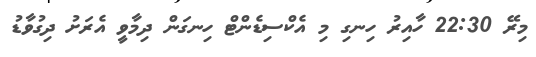
މިރޭ 22:30 ހާއިރު ހިނގި މި އެކްސިޑެންޓް ހިނގަން ދިމާވީ އެރަށު ދިގުވާޑު